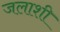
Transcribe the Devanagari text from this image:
जलाशी